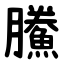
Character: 鰧